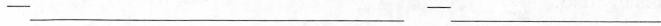
-___-___